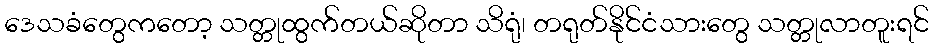
ဒေသခံတွေကတော့ သတ္တုထွက်တယ်ဆိုတာ သိရုံ၊ တရုတ်နိုင်ငံသားတွေ သတ္တုလာတူးရင်